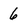
Character: 6